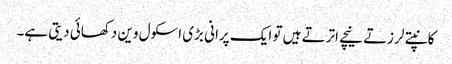
کانپتے لرزتے نیچے اترتے ہیں تو ایک پرانی بڑی اسکول وین دکھائی دیتی ہے۔